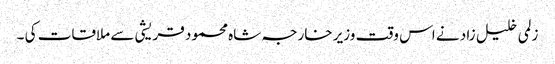
زلمی خلیل زاد نے اس وقت وزیر خارجہ شاہ محمود قریشی سے ملاقات کی ۔